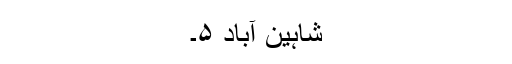
شاہین آباد ۵۔